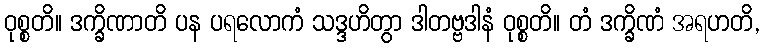
ဝုစ္စတိ။ ဒက္ခိဏာတိ ပန ပရလောကံ သဒ္ဒဟိတွာ ဒါတဗ္ဗဒါနံ ဝုစ္စတိ။ တံ ဒက္ခိဏံ အရဟတိ,